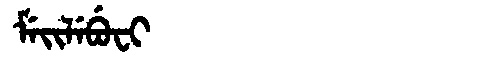
Manchu: ᠮᡝᡳᠯᡝᠪᡠᠸᡳ
Romanization: MEILEBUFI